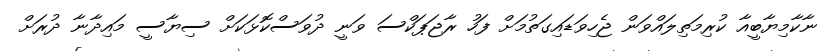
ނާކާމިޔާބީއާ ކުރިމަތިލައްވަން ޖެހިވަޑައިގަތުމަށް ފަހު ރާޖަޕަކްސަ ވަނީ ދުވަސްކޮޅަކަށް ސިޔާސީ މައިދާނާ ދުރަށް